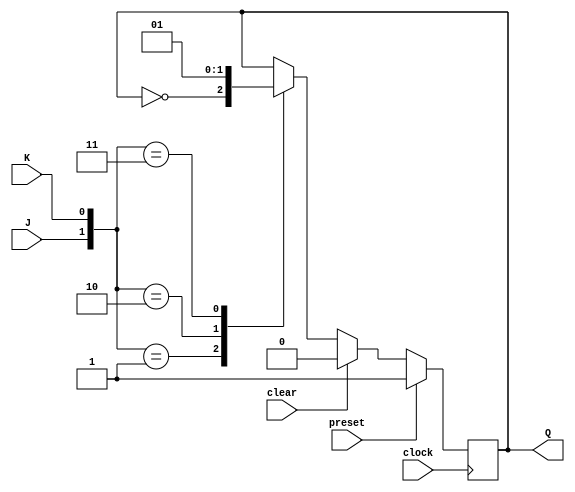
module JK_flip_flop (
    input J,
    input K,
    input clock,
    input preset,
    input clear,
    output reg Q
);

reg Q_bar;

always @(posedge clock) begin
    if (preset) begin
        Q <= 1;
        Q_bar <= 0;
    end else if (clear) begin
        Q <= 0;
        Q_bar <= 1;
    end else begin
        case ({J, K})
            2'b01: begin // Toggle
                Q <= ~Q;
                Q_bar <= ~Q_bar;
            end
            2'b10: begin // Clear
                Q <= 0;
                Q_bar <= 1;
            end
            2'b11: begin // Set
                Q <= 1;
                Q_bar <= 0;
            end
            default: begin // No Change
                Q <= Q;
                Q_bar <= Q_bar;
            end
        endcase
    end
end

endmodule